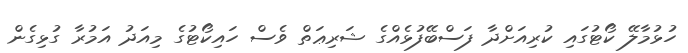
ހުޅުމާލޭ ކޯޓުގައި ކުރިއަށްދާ ފަސްބޭފުޅެއްގެ ޝަރިޢަތް ވެސް ހައިކޯޓުގެ މިއަދު އަމުރާ ގުޅިގެން